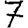
Digit: 7